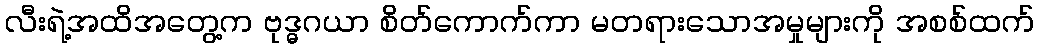
လီးရဲ့အထိအတွေ့က ဗုဒ္ဓဂယာ စိတ်ကောက်ကာ မတရားသောအမှုများကို အစစ်ထက်